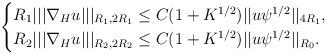
LaTeX: \begin{align*}\begin{cases}R_1 || |\nabla_{H}u| ||_{R_1,2R_1} \leq C(1+K^{1/2}) ||u\psi^{1/2}||_{4R_1},\\R_2|| |\nabla_{H}u| ||_{R_2,2R_2} \leq C( 1+ K^{1/2}) || u \psi^{1/2}||_{R_0}.\end{cases}\end{align*}